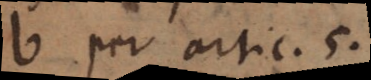
c per artic. 5.